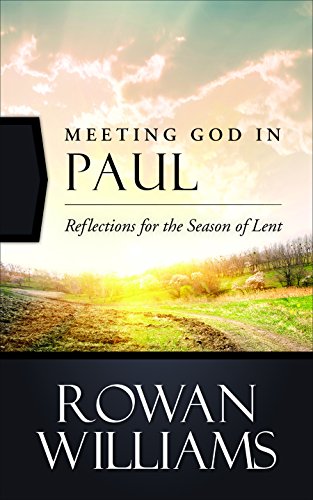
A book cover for Meeting God in Paul: Reflections for the Season of Lent; Rowan Williams; Christian Books & Bibles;